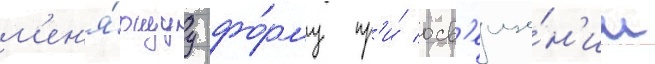
м'ен'я́ющуу фо́рму пр'и́ осв'еще́н'ии